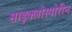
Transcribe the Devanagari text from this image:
साइक्लोस्पोरीन